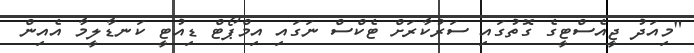
"މިއަދު ޖީއެސްޓީގެ ގޮތުގައި ސަރުކާރަށް ޓެކްސް ނަގައި އިމްޕޯޓް ޑިއުޓީ ކަނޑާލީމާ އެއިން